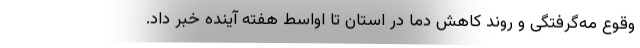
وقوع مه‌گرفتگی و روند کاهش دما در استان تا اواسط هفته آینده خبر داد.